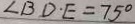
\angle B D \cdot E = 7 5 ^ { \circ }